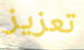
تعزيز